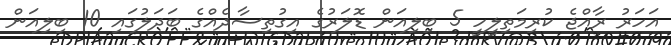
އަހަރު ރާއްޖެ ކުރިމަތިލީހީ 5 ބިލިއަން ޑޮލަރުގެ އިގުތިސާދެއްގެ ބަދަލުގައި 10 ބިލިއަން